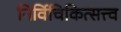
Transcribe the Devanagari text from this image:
निर्विचिकित्सत्त्व